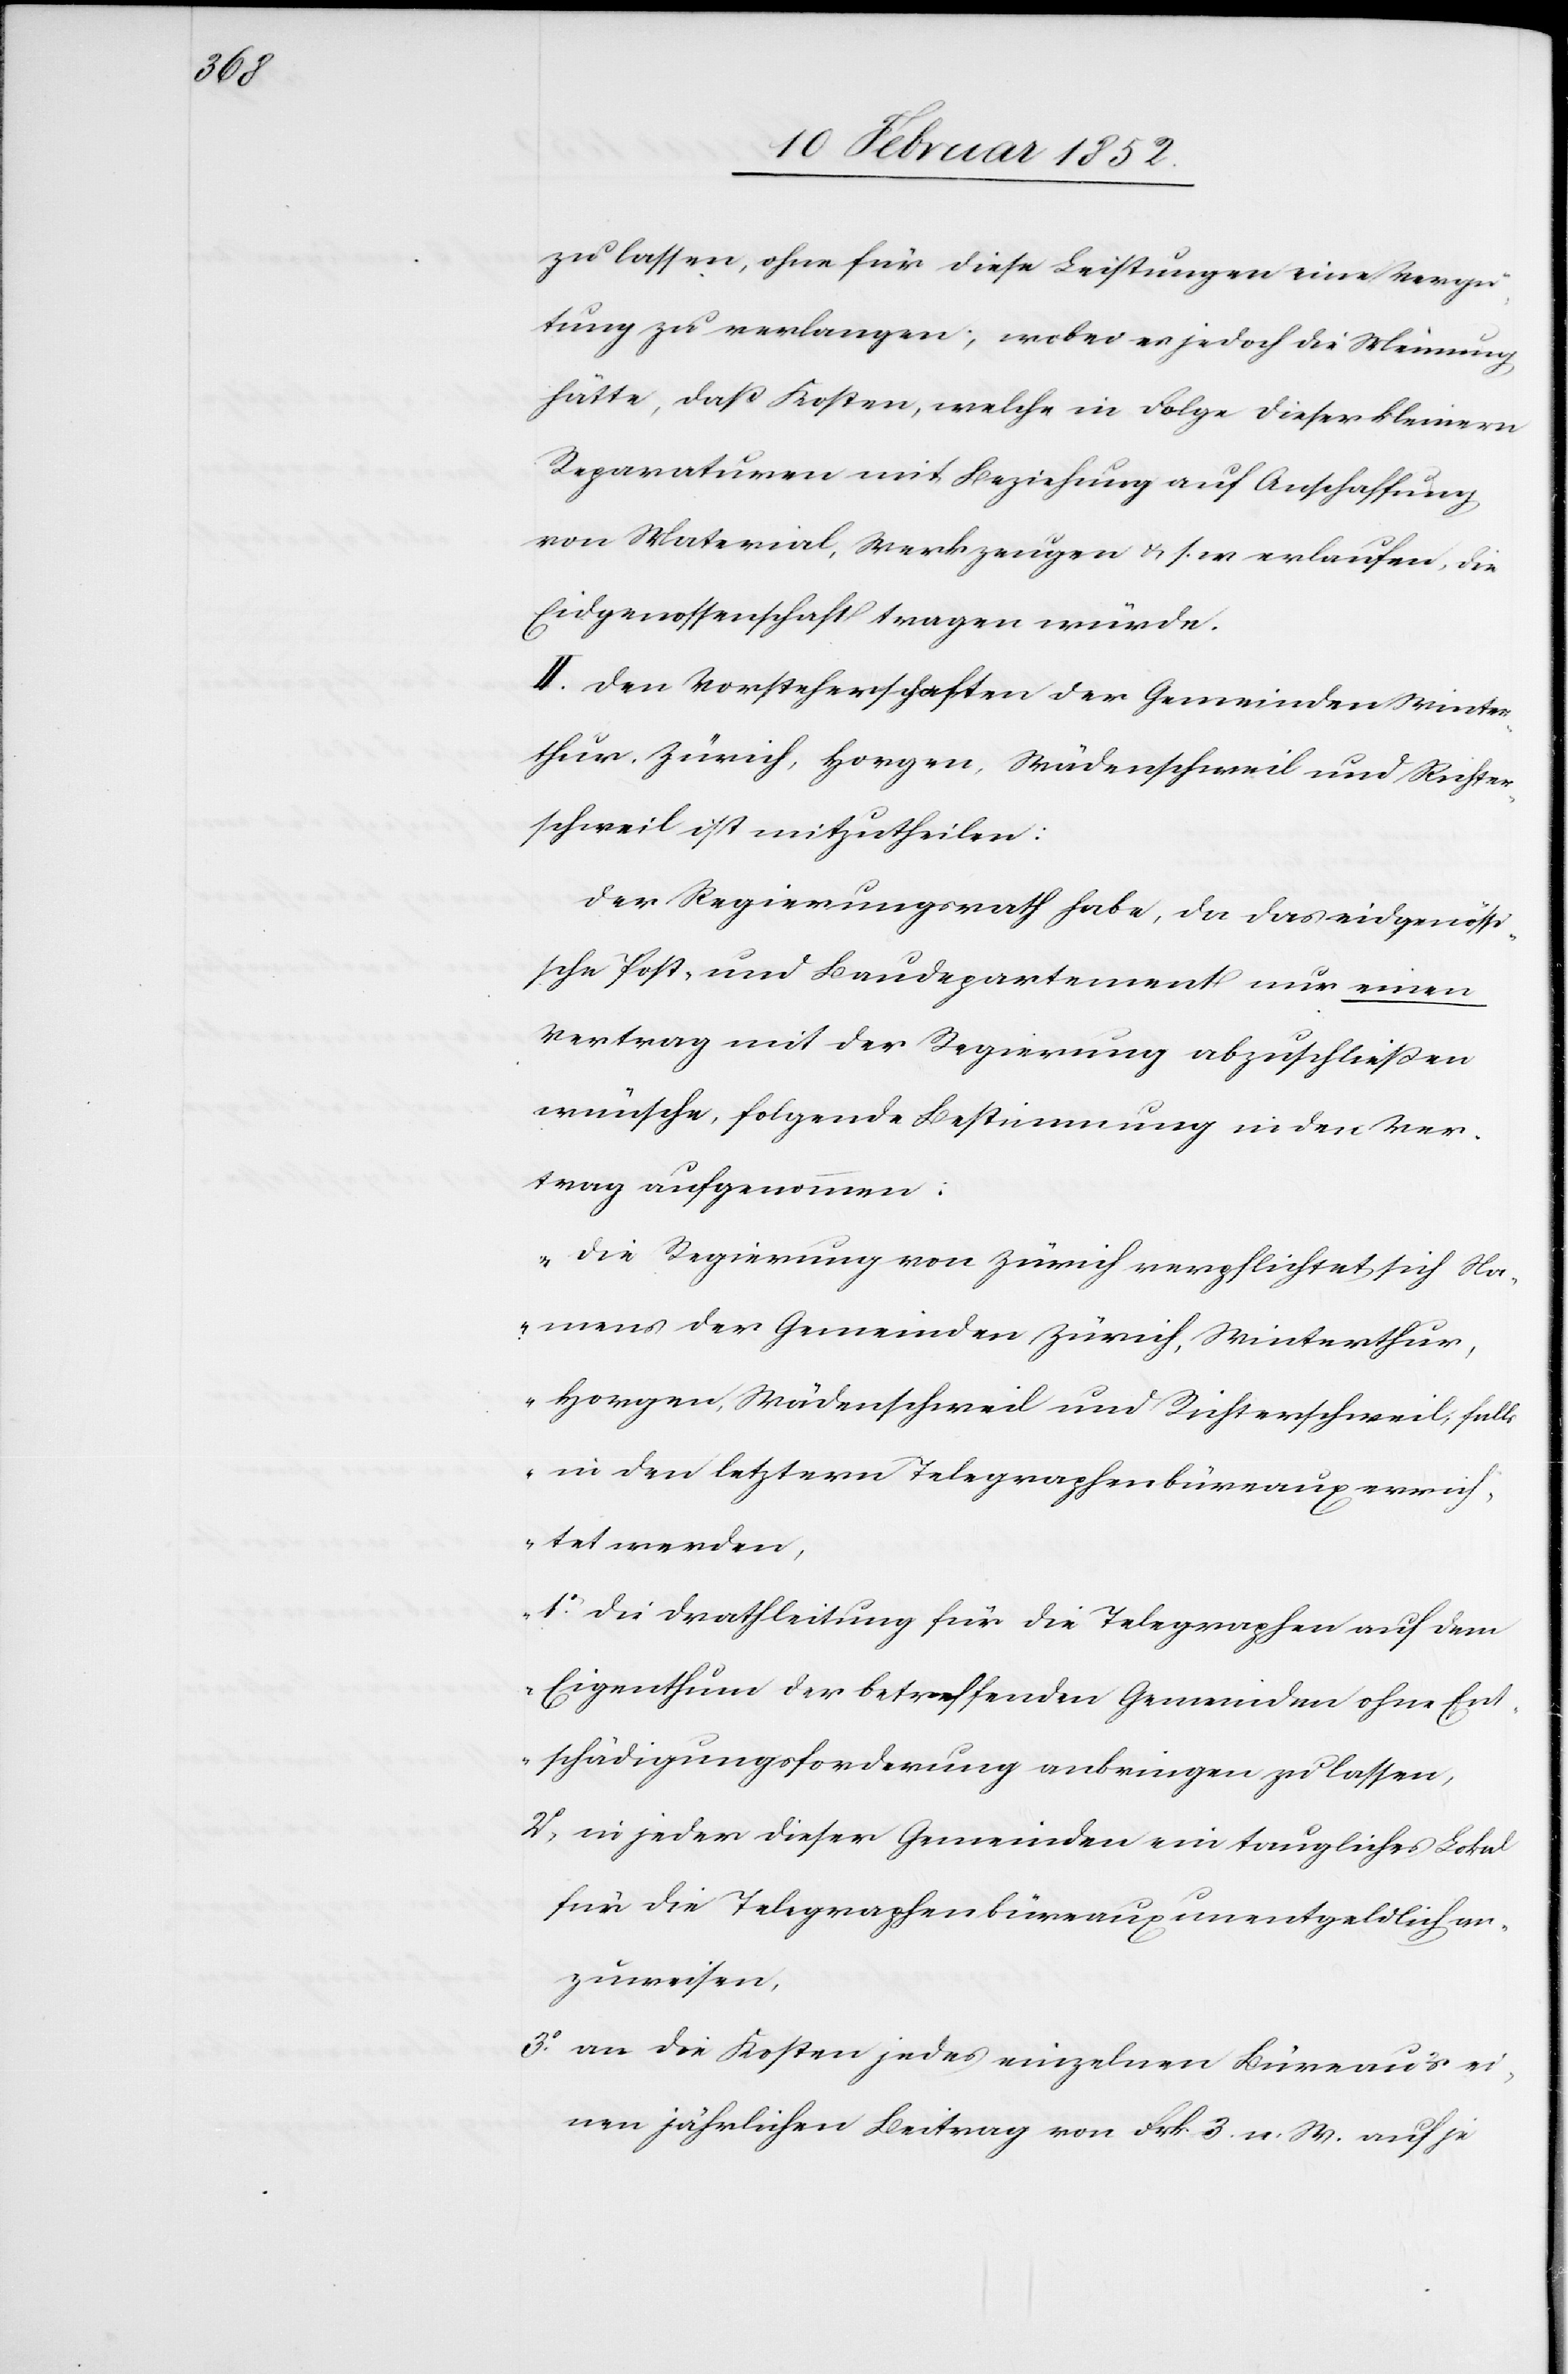
zu lassen, ohne für diese Leistungen eine Vergü¬
tung zu verlangen; wobei es jedoch die Meinung
hätte, daß Kosten, welche in Folge dieser kleinen
Reparaturen mit Beziehung auf Anschaffung
von Material-Werkzeugen u. s. w. erlaufen, die
Eidgenossenschaft tragen würde.
II. Den Vorsteherschaften der Gemeinden Winter¬
thur, Zürich, Horgen, Wädenschweil und Richter¬
schweil ist mitzutheilen:
Der Regierungsrath habe, da das eidgenössi¬
sche Post- und Baudepartement nur einen
Vertrag mit der Regierung abzuschließen
wünsche, folgende Bestimmung in den Ver¬
trag aufgenommen:
„Die Regierung von Zürich verpflichtet sich Na¬
mens der Gemeinden Zürich, Winterthur,
Horgen, Wädenschweil und Richterschweil, falls
in den letztern Telegraphenbüreaux errich¬
tet werden,
1o Die Drahtleitung für die Telegraphen auf dem
Eigenthum der betreffenden Gemeinden ohne Ent¬
schädigungsforderung anbringen zu lassen,
2o in jeder dieser Gemeinden ein taugliches Lokal
für die Telegraphenbüreaux unentgeldlich an¬
zuweisen,
3o an die Kosten jedes einzelnen Büreaus ei¬
nen jährlichen Beitrag von Frk 3. n. W. auf je